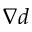
\nabla d